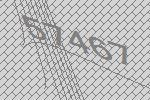
57467